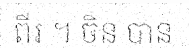
ពីរ ។ ចិន បាន